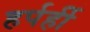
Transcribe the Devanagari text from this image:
हर्पर्ही